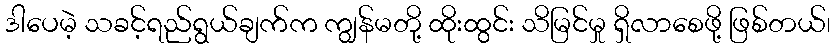
ဒါပေမဲ့ သခင့်ရည်ရွယ်ချက်က ကျွန်မတို့ ထိုးထွင်း သိမြင်မှု ရှိလာစေဖို့ ဖြစ်တယ်၊